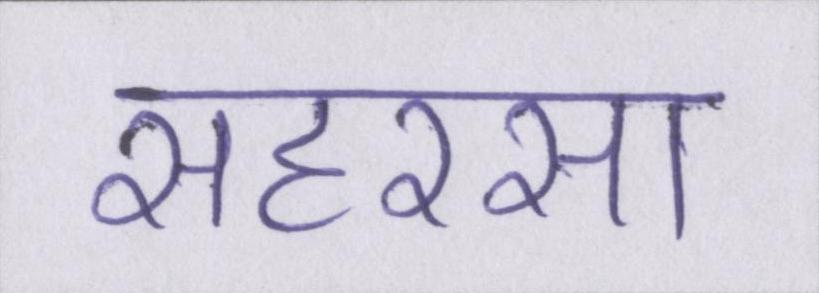
सहरसा